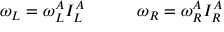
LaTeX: \omega _ { L } = \omega _ { L } ^ { A } I _ { L } ^ { A } \quad \quad \quad \omega _ { R } = \omega _ { R } ^ { A } I _ { R } ^ { A }